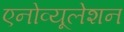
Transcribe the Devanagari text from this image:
एनोव्यूलेशन